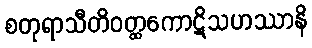
စတုရာသီတိဝတ္ထကောဋိသဟဿာနိ